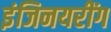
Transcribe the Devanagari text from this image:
इंजिनयरींग